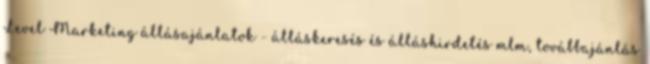
Level Marketing állásajánlatok - álláskeresés és álláshirdetés mlm, továbbajánlás